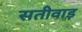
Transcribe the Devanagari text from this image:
सतीवाड़